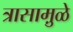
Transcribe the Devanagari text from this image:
त्रासामु़ळे